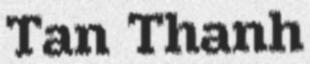
Tan Thanh